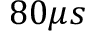
8 0 \mu s